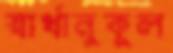
স্বার্থানুকূল